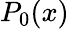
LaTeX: P_{0}(x)